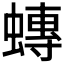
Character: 𧐕